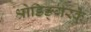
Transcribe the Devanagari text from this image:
श्रोडिङ्गरके